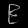
Digit: ၉